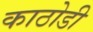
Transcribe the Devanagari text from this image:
काठोडी